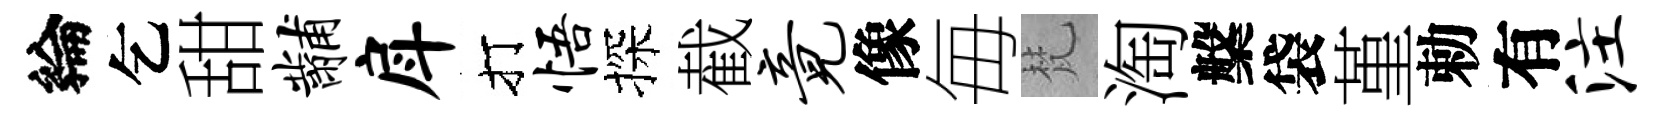
綸乞甜黼戽打悟探截竟像毎梵淘槃袋堇勅有注